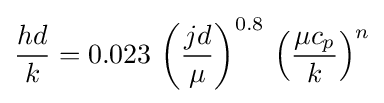
{hd \over k}={0.023}\,\left({jd \over \mu }\right)^{0.8}\,\left({\mu c_{p} \over k}\right)^{n}